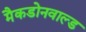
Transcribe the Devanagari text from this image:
मैकडोनवाल्ड